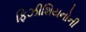
ફિઝીશિયનોની